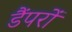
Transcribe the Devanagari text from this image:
डैंपरों